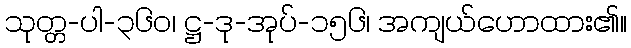
သုတ္တ-ပါ-၃၆၀၊ ဋ္ဌ-ဒု-အုပ်-၁၅၆၊ အကျယ်ဟောထား၏။